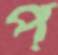
প্